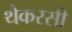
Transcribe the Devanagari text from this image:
थैकरसी